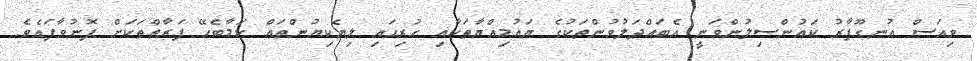
ވިއަސް އުނގޫފާރު ކައުންސިލުންވަނީ އެބައްދަލުވުންތަކުގެ ޔައުމިއްޔާތަކާއި ހުރިހައި ލިޔެކިޔުންތައް ކަމާބެހޭ ފަރާތްތަކަށް ފޮނުވާފައެވެ.